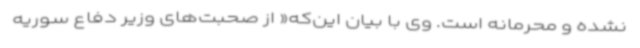
نشده و محرمانه است. وی با بیان این‌که« از صحبت‌های وزیر دفاع سوریه